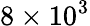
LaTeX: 8\times 10^{3}